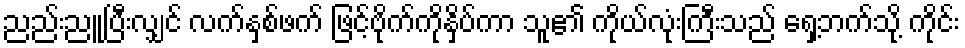
ညည်းညူပြီးလျှင် လက်နှစ်ဖက် ဖြင့်ဗိုက်ကိုနှိပ်ကာ သူ၏ ကိုယ်လုံးကြီးသည် ရှေ့ဘက်သို့ ကိုင်း